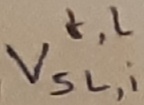
Text: t,l Vsl,i